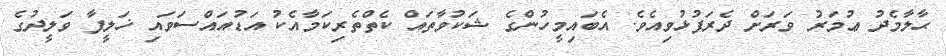
ޙާލާމެދު ޢުމަރު ވަރަށް ދެރަފުޅުވިއެވެ. އެބައިމީހުންގެ ޝަކުވާތައް ކެތްތެރިކަމާއެކު އަޑުއައްސަވައި ޚަލީފާ ވަލީދުގެ